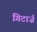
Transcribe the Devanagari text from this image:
गिटार्ज़